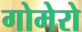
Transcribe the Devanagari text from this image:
गोमेरो